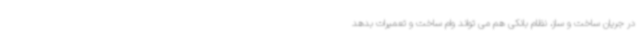
در جریان ساخت و ساز، نظام بانکی هم می تواند وام ساخت و تعمیرات بدهد